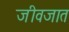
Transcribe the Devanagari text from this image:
जीवजात